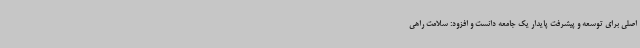
اصلی برای توسعه و پیشرفت پایدار یک جامعه دانست و افزود: سلامت راهی